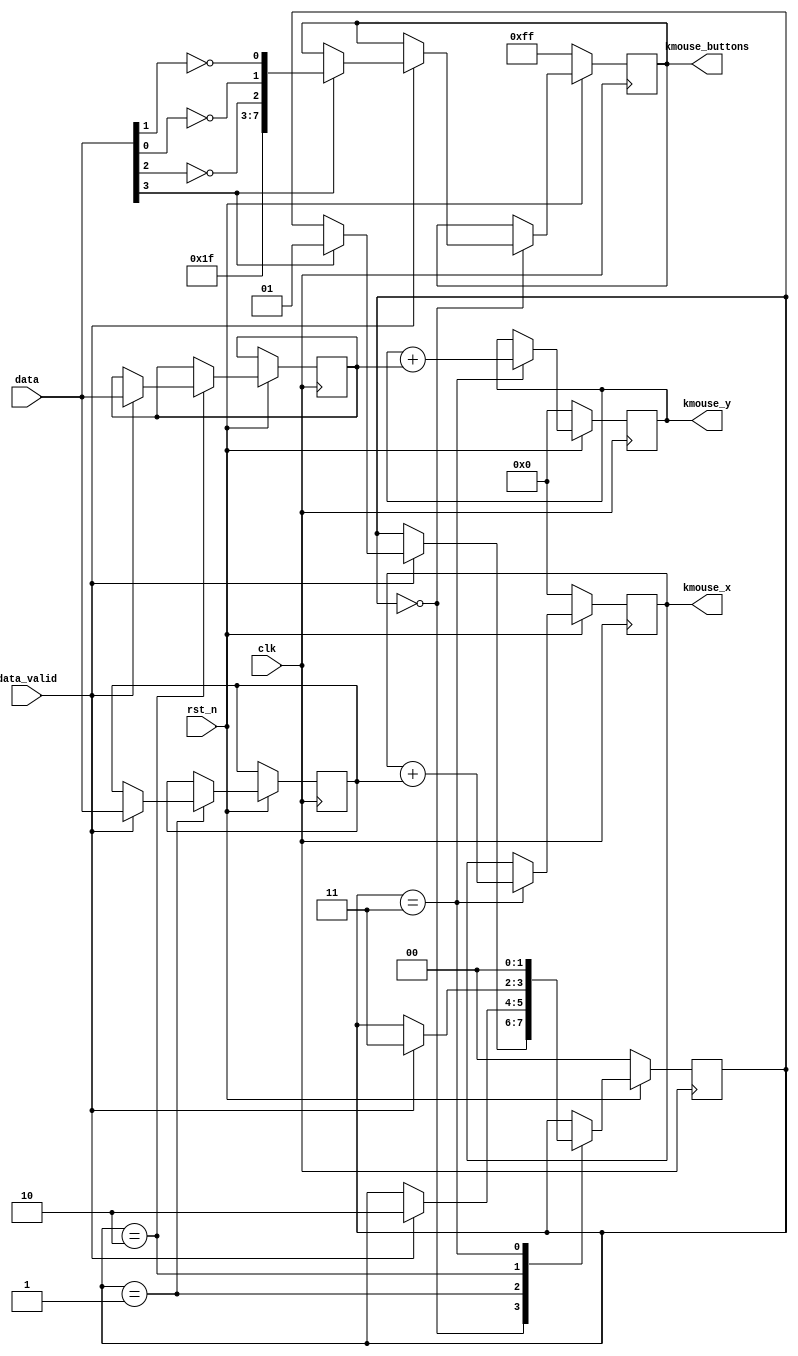
module ps2mouse_to_kmouse (
    input wire clk,
    input wire rst_n,
    input wire [7:0] data,
    input wire data_valid,
    output reg [7:0] kmouse_x,
    output reg [7:0] kmouse_y,
    output reg [7:0] kmouse_buttons
    );
    
    parameter FIRST_FRAME     = 2'd0,
              SECOND_FRAME    = 2'd1,
              THIRD_FRAME     = 2'd2,
              CALCULATE_NEWXY = 2'd3;
    
    initial begin
        kmouse_x = 8'h00;
        kmouse_y = 8'h00;
        kmouse_buttons = 8'hFF;
    end    
    
    reg [7:0] deltax, deltay;
    reg [1:0] state = FIRST_FRAME;
    
    always @(posedge clk) begin
        if (rst_n == 1'b0) begin
            kmouse_x <= 8'h00;
            kmouse_y <= 8'h00;
            kmouse_buttons <= 8'hFF;
            state <= FIRST_FRAME;
        end
        else begin
            case (state)
                FIRST_FRAME: 
                    if (data_valid == 1'b1) begin
                        if (data[3] == 1'b1) begin
                            kmouse_buttons <= {5'b11111,~data[2],~data[0],~data[1]};
                            state <= SECOND_FRAME;                            
                        end
                    end
                SECOND_FRAME:
                    if (data_valid == 1'b1) begin
                        deltax <= data;
                        state <= THIRD_FRAME;
                    end
                THIRD_FRAME:
                    if (data_valid == 1'b1) begin
                        deltay <= data;
                        state <= CALCULATE_NEWXY;
                    end
                CALCULATE_NEWXY:
                    begin
                        kmouse_x <= kmouse_x + deltax;
                        kmouse_y <= kmouse_y + deltay;
                        state <= FIRST_FRAME;
                    end
            endcase
        end
    end
endmodule